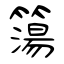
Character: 簜